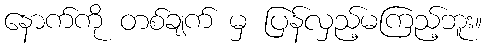
နောက်ကို တစ်ချက် မှ ပြန်လှည့်မကြည့်ဘူး။